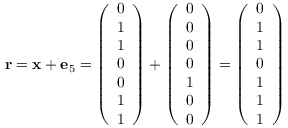
\mathbf { r } = \mathbf { x } + \mathbf { e } _ { 5 } = { \left( \begin{array} { l } { 0 } \\ { 1 } \\ { 1 } \\ { 0 } \\ { 0 } \\ { 1 } \\ { 1 } \end{array} \right) } + { \left( \begin{array} { l } { 0 } \\ { 0 } \\ { 0 } \\ { 0 } \\ { 1 } \\ { 0 } \\ { 0 } \end{array} \right) } = { \left( \begin{array} { l } { 0 } \\ { 1 } \\ { 1 } \\ { 0 } \\ { 1 } \\ { 1 } \\ { 1 } \end{array} \right) }